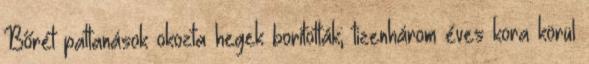
Bőrét pattanások okozta hegek borították; tizenhárom éves kora körül